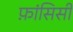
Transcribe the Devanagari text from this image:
फ़ांसिसी